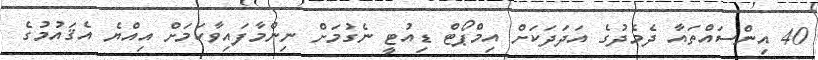
40 އިންސައްތައާ ދެމެދުގެ އަދަދަކަށް އިމްޕޯޓް ޑިއުޓީ ނެގުމަށް ނިންމާފައިވާކަމަށް އިއްޔެ އެޤައުމުގެ